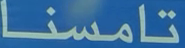
تامسنا